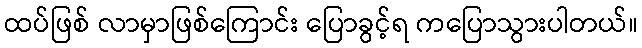
ထပ်ဖြစ် လာမှာဖြစ်ကြောင်း ပြောခွင့်ရ ကပြောသွားပါတယ်။